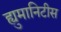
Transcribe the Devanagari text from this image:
ह्युमानिटीस